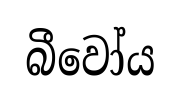
බීවෝය